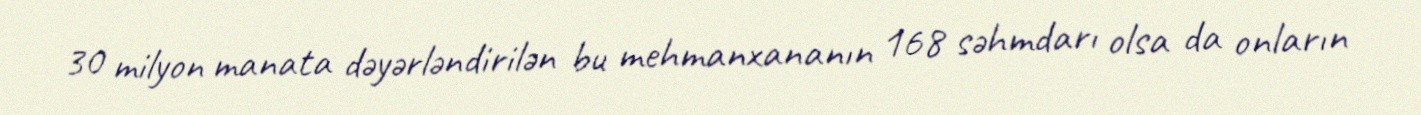
30 milyon manata dəyərləndirilən bu mehmanxananın 168 səhmdarı olsa da onların